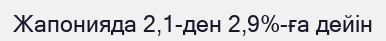
Жапонияда 2,1-ден 2,9%-ға дейін